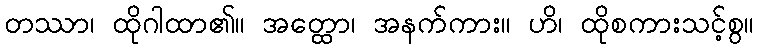
တဿာ၊ ထိုဂါထာ၏။ အတ္ထော၊ အနက်ကား။ ဟိ၊ ထိုစကားသင့်စွ။